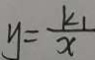
y = \frac { k _ { 1 } } { x }